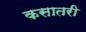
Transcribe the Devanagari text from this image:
कसातरी